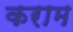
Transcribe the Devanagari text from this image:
कराम